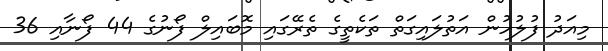
މިއަދު ފުލުހުން އަތުލައިގަތް ތަކެތީގެ ތެރޭގައި މޮބައިލް ފޯނުގެ 44 ފޯނާއި 36